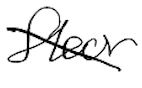
Text: floor
Cross-out: diagonal
Writing tool: digital_black